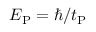
E _ { \mathrm { P } } = \hbar / t _ { \mathrm { P } }